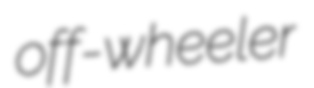
off-wheeler